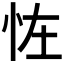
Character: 𢘪